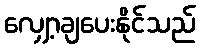
လျှော့ချပေးနိုင်သည်